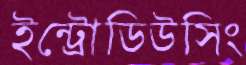
ইন্ট্রোডিউসিং